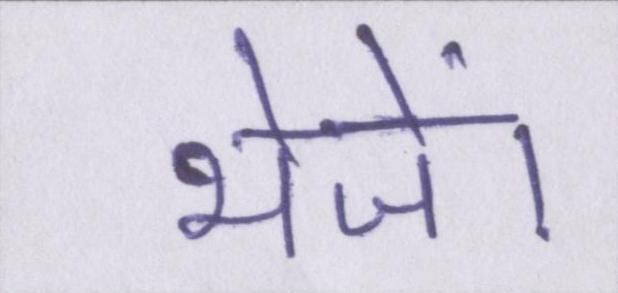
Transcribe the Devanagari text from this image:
भेजें।